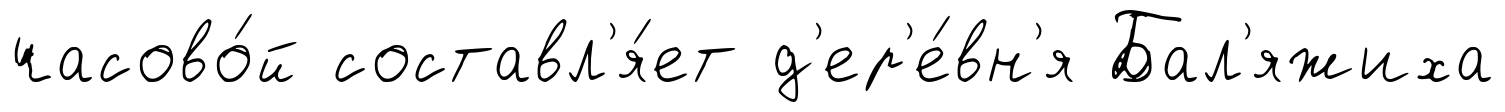
часово́й составл'я́ет д'ер'е́вн'я Бал'яжиха